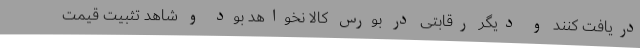
دریافت کنند و دیگر رقابتی در بورس کالا نخواهد بود و شاهد تثبیت قیمت